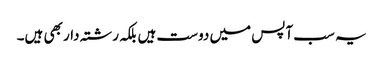
یہ سب آپس میں دوست ہیں بلکہ رشتہ دار بھی ہیں۔